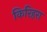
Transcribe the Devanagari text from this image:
किरिहरा